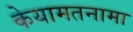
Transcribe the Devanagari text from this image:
केयामतनामा